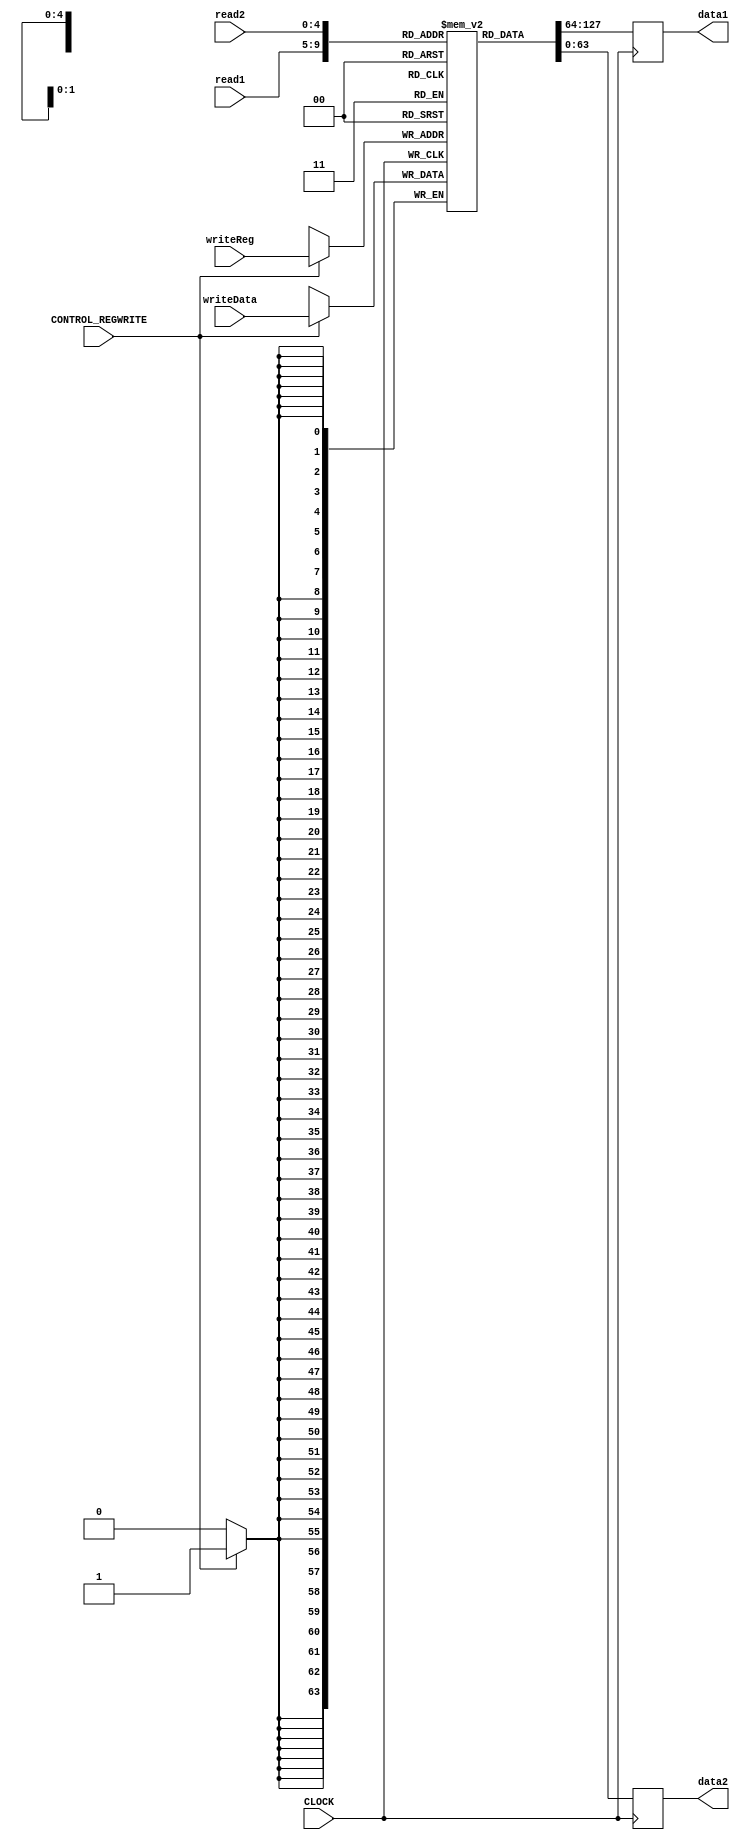
module REGISTERS
(
  input CLOCK,
  input [4:0] read1,
  input [4:0] read2,
  input [4:0] writeReg,
  input [63:0] writeData,
  input CONTROL_REGWRITE,
  output reg [63:0] data1,
  output reg [63:0] data2
);

  reg [63:0] Data[31:0];

  integer initCount;

  initial begin
    for (initCount = 0; initCount < 31; initCount = initCount + 1) begin
      Data[initCount] = initCount;
    end

    Data[31] = 64'h00000000;
  end

  always @(posedge CLOCK) begin

    data1 = Data[read1];
    data2 = Data[read2];

    if (CONTROL_REGWRITE == 1'b1) begin
      Data[writeReg] = writeData;
    end

    // Debug use only
    for (initCount = 0; initCount < 32; initCount = initCount + 1) begin
      $display("REGISTER[%0d] = %0d", initCount, Data[initCount]);
    end
  end
endmodule